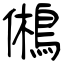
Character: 鵂